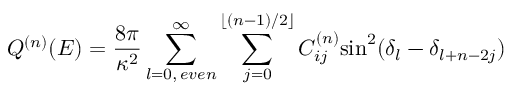
Q ^ { ( n ) } ( E ) = \frac { 8 \pi } { \kappa ^ { 2 } } \sum _ { l = 0 , \, e v e n } ^ { \infty } \sum _ { j = 0 } ^ { \lfloor ( n - 1 ) / 2 \rfloor } C _ { i j } ^ { ( n ) } \mathrm { s i n } ^ { 2 } ( \delta _ { l } - \delta _ { l + n - 2 j } )